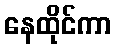
နေထိုင်ကာ